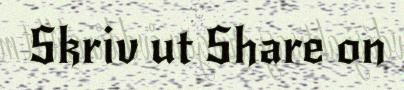
Skriv ut Share on